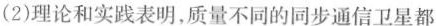
(2)理论和实践表明，质量不同的同步通信卫星都